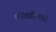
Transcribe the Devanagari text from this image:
कोठडीमध्ये